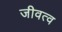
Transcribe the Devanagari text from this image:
जीवत्व